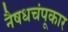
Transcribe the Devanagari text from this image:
नैषधचंपूकार